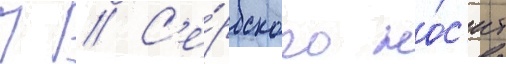
П // С'е́рбского но́с'ит